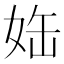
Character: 𡜊